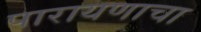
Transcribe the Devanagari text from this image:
पारायणाचा